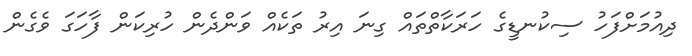
ދިއުމަށްފަހު ސިކުނޑީގެ ހަރަކާތްތައް ގިނަ އިރު ތަކެއް ވަންދެން ހުރިކަން ފާހަގަ ވެގެން